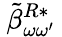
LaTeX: \: \tilde{\beta}_{\omega\omega^{\prime}}^{R*}\: